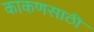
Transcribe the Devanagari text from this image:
काकणसाठी